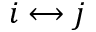
i \longleftrightarrow j